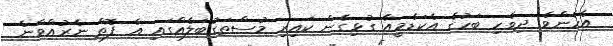
އެހެންވެ ދިވެހި ބަހުގެ އެކަޑެމީއާ ގުޅިގެން ކައިރި މުސްތަގުބަލެއްގައި އެ ފޮތް ނެރުއްވާނެ